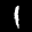
Label: 1